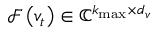
\mathcal { F } \left( v _ { t } \right) \in \mathbb { C } ^ { k _ { \operatorname* { m a x } } \times d _ { v } }